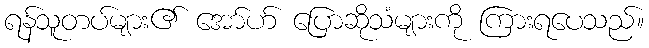
ရန်သူတပ်များ၏ အော်ဟ် ပြောဆိုသံများကို ကြားရပေသည်။